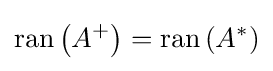
\operatorname {ran} \left(A^{+}\right)=\operatorname {ran} \left(A^{*}\right)